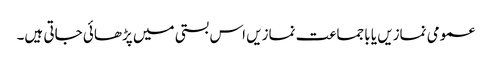
عمومی نمازیں یا باجماعت نمازیں اس بستی میں پڑھائی جاتی ہیں۔